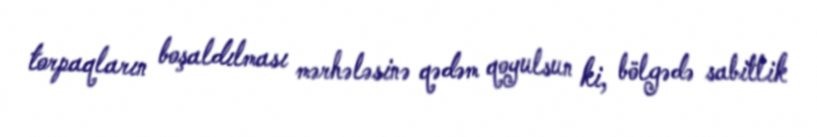
torpaqların boşaldılması mərhələsinə qədəm qoyulsun ki, bölgədə sabitlik